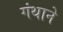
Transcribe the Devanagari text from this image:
गंथाने